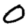
Digit: 0